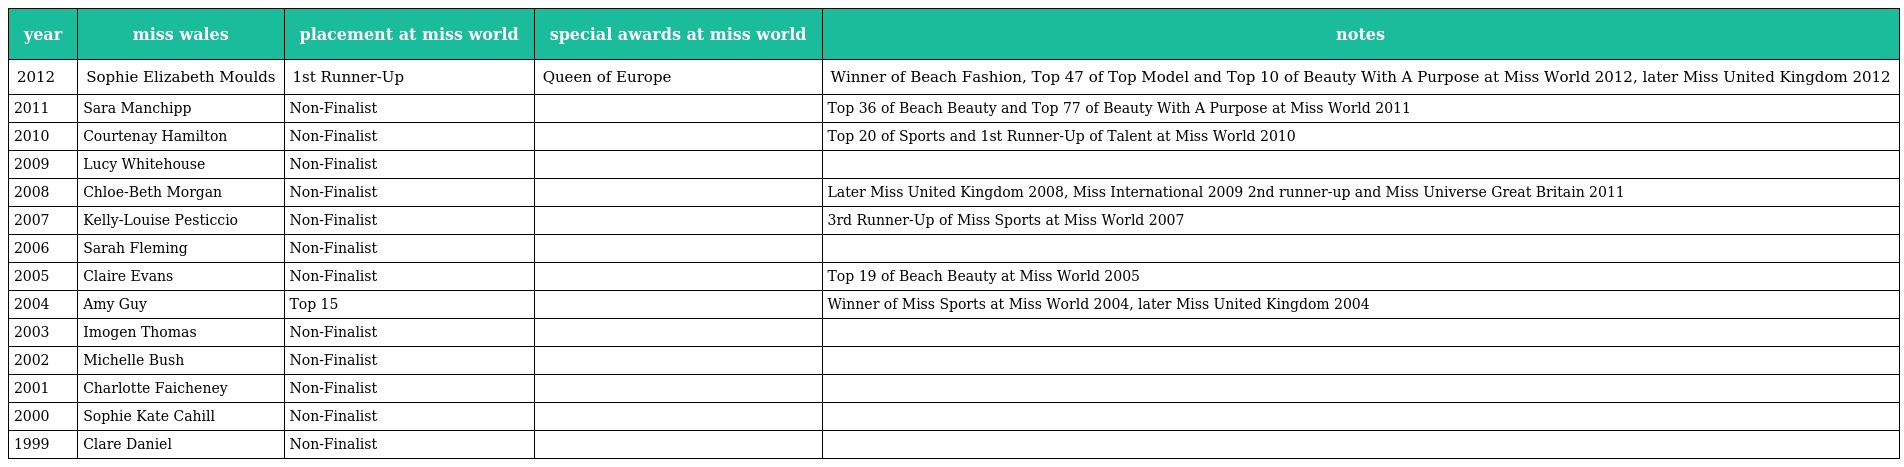
| year | miss wales | placement at miss world | special awards at miss world | notes |
 | --- | --- | --- | --- | --- |
 | 2012 | Sophie Elizabeth Moulds | 1st Runner-Up | Queen of Europe | Winner of Beach Fashion, Top 47 of Top Model and Top 10 of Beauty With A Purpose at Miss World 2012, later Miss United Kingdom 2012 |
 | 2011 | Sara Manchipp | Non-Finalist |  | Top 36 of Beach Beauty and Top 77 of Beauty With A Purpose at Miss World 2011 |
 | 2010 | Courtenay Hamilton | Non-Finalist |  | Top 20 of Sports and 1st Runner-Up of Talent at Miss World 2010 |
 | 2009 | Lucy Whitehouse | Non-Finalist |  |  |
 | 2008 | Chloe-Beth Morgan | Non-Finalist |  | Later Miss United Kingdom 2008, Miss International 2009 2nd runner-up and Miss Universe Great Britain 2011 |
 | 2007 | Kelly-Louise Pesticcio | Non-Finalist |  | 3rd Runner-Up of Miss Sports at Miss World 2007 |
 | 2006 | Sarah Fleming | Non-Finalist |  |  |
 | 2005 | Claire Evans | Non-Finalist |  | Top 19 of Beach Beauty at Miss World 2005 |
 | 2004 | Amy Guy | Top 15 |  | Winner of Miss Sports at Miss World 2004, later Miss United Kingdom 2004 |
 | 2003 | Imogen Thomas | Non-Finalist |  |  |
 | 2002 | Michelle Bush | Non-Finalist |  |  |
 | 2001 | Charlotte Faicheney | Non-Finalist |  |  |
 | 2000 | Sophie Kate Cahill | Non-Finalist |  |  |
 | 1999 | Clare Daniel | Non-Finalist |  |  |